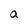
Character: a